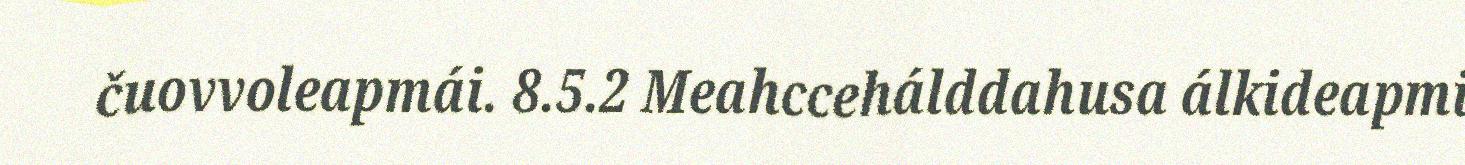
čuovvoleapmái. 8.5.2 Meahccehálddahusa álkideapmi